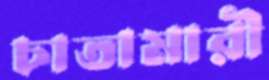
চাতামারী